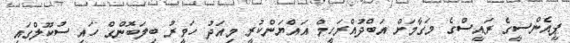
ޕީއެންސީގެ ރައީސްގެ މަގާމަށް އަބްދުއްރަހީމް އައްޔަންކުރީ މިއަދު ހަވީރު ބިލަބޮންގް ހައި ސުކޫލްގައި